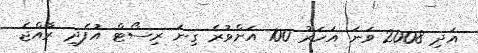
އަދި 2008 ވަނަ އަހަރު 100 އަށްވުރެ ގިނަ ރިސޯޓް އުފެދި ރާއްޖެ